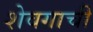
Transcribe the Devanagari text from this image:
शेवगाची